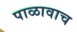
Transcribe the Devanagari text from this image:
पाळावाच